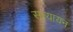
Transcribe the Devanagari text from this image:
सत्यायन